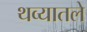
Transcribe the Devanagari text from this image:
थव्यातले